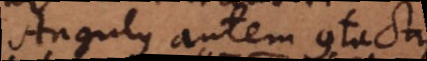
Angulus autem contact